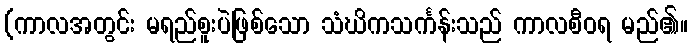
(ကာလအတွင်း မရည်စူးပဲဖြစ်သော သံဃိကသင်္ကန်းသည် ကာလစီဝရ မည်၏။